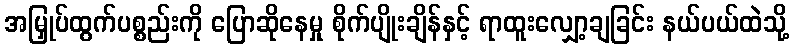
အမြှုပ်ထွက်ပစ္စည်းကို ပြောဆိုနေမှု စိုက်ပျိုးချိန်နှင့် ရာထူးလျှော့ချခြင်း နယ်ပယ်ထဲသို့